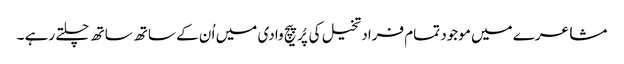
مشاعرے میں موجود تمام فراد تخیل کی پُرپیچ وادی میں اُ ن کے ساتھ ساتھ چلتے رہے ۔